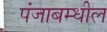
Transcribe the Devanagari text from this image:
पंजाबम्धील